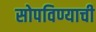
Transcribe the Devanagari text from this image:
सोपविण्याची